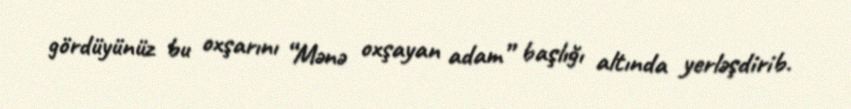
gördüyünüz bu oxşarını “Mənə oxşayan adam” başlığı altında yerləşdirib.